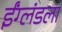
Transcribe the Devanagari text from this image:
ईंग्लंडला